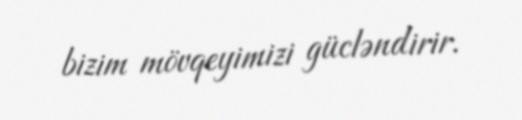
bizim mövqeyimizi gücləndirir.